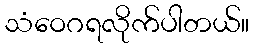
သံဝေဂရလိုက်ပါတယ်။